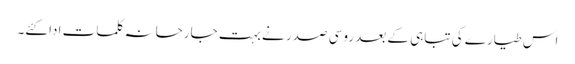
اس طیارے کی تباہی کے بعد روسی صدر نے بہت جارحانہ کلمات ادا کئے۔